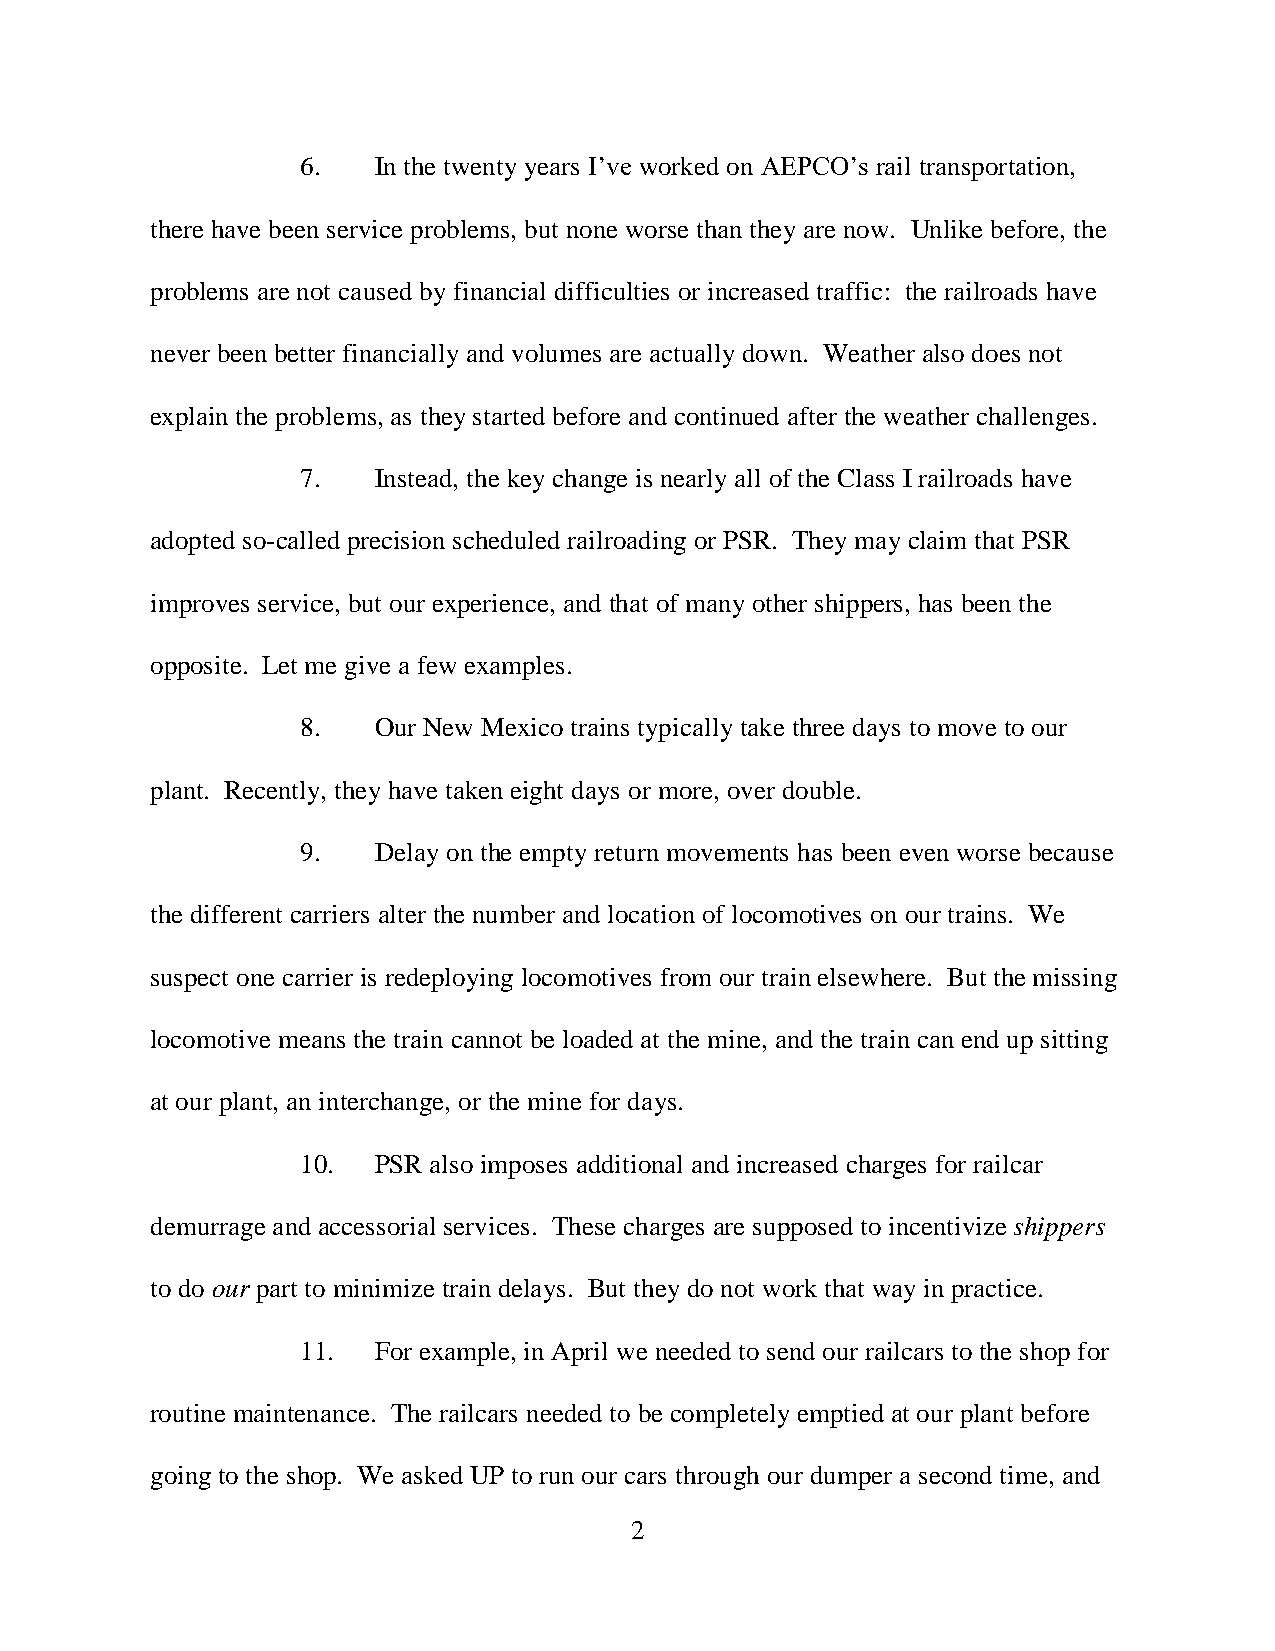
6.   In the twenty years I’ve worked on AEPCO’s rail transportation,
 there have been service problems, but none worse than they are now. Unlike before, the
 problems are not caused by financial difficulties or increased traffic: the railroads have
 never been better financially and volumes are actually down. Weather also does not
 explain the problems, as they started before and continued after the weather challenges.
 7.   Instead, the key change is nearly all of the Class I railroads have
 adopted so-called precision scheduled railroading or PSR. They may claim that PSR
 improves service, but our experience, and that of many other shippers, has been the
 opposite. Let me give a few examples.
 8.   Our New Mexico trains typically take three days to move to our
 plant. Recently, they have taken eight days or more, over double.
 9.   Delay on the empty return movements has been even worse because
 the different carriers alter the number and location of locomotives on our trains. We
 suspect one carrier is redeploying locomotives from our train elsewhere. But the missing
 locomotive means the train cannot be loaded at the mine, and the train can end up sitting
 at our plant, an interchange, or the mine for days.
 10.  PSR also imposes additional and increased charges for railcar
 demurrage and accessorial services. These charges are supposed to incentivize shippers
 to do our part to minimize train delays. But they do not work that way in practice.
 11.  For example, in April we needed to send our railcars to the shop for
 routine maintenance. The railcars needed to be completely emptied at our plant before
 going to the shop. We asked UP to run our cars through our dumper a second time, and
 2